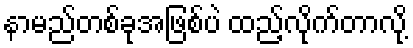
နာမည်တစ်ခုအဖြစ်ပဲ ထည့်လိုက်တာလို့